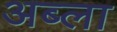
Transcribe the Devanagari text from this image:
अब्ला